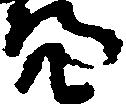
亮